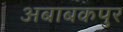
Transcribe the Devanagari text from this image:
अबाबकपुर